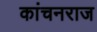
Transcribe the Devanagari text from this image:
कांचनराज